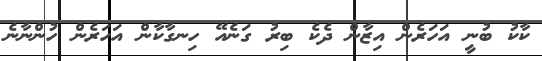
ކާކު ބުނީ އަހަރެން އިޒާން ދެކެ ބިރު ގަނެއޭ ހިނގާކާން އަހަރެން ހުންނާނެ